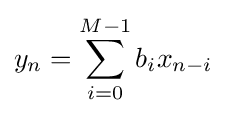
y_{n}=\sum _{i=0}^{M-1}b_{i}x_{n-i}